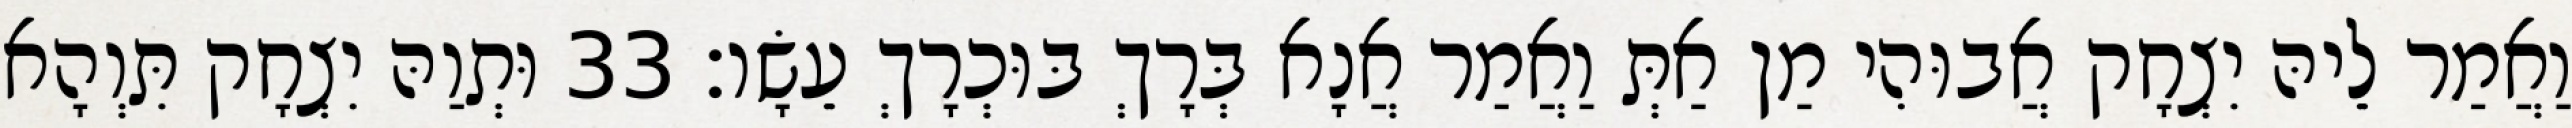
וַאֲמַר לֵיהּ יִצְחָק אֲבוּהִי מַן אַתְּ וַאֲמַר אֲנָא בְּרָךְ בּוּכְרָךְ עֵשָׂו׃ 33 וּתְוַהּ יִצְחָק תִּוְהָא